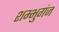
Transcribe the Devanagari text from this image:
शम्भुगंज